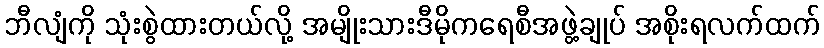
ဘီလျံကို သုံးစွဲထားတယ်လို့ အမျိုးသားဒီမိုကရေစီအဖွဲ့ချုပ် အစိုးရလက်ထက်